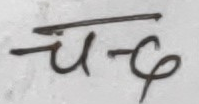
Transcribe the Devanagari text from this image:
च द